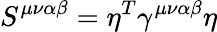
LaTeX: S^{\mu\nu\alpha\beta}=\eta^{T}\gamma^{\mu\nu\alpha\beta}\eta